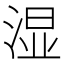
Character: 湿